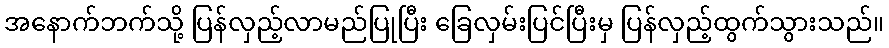
အနောက်ဘက်သို့ ပြန်လှည့်လာမည်ပြုပြီး ခြေလှမ်းပြင်ပြီးမှ ပြန်လှည့်ထွက်သွားသည်။